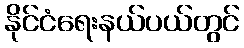
နိုင်ငံရေးနယ်ပယ်တွင်